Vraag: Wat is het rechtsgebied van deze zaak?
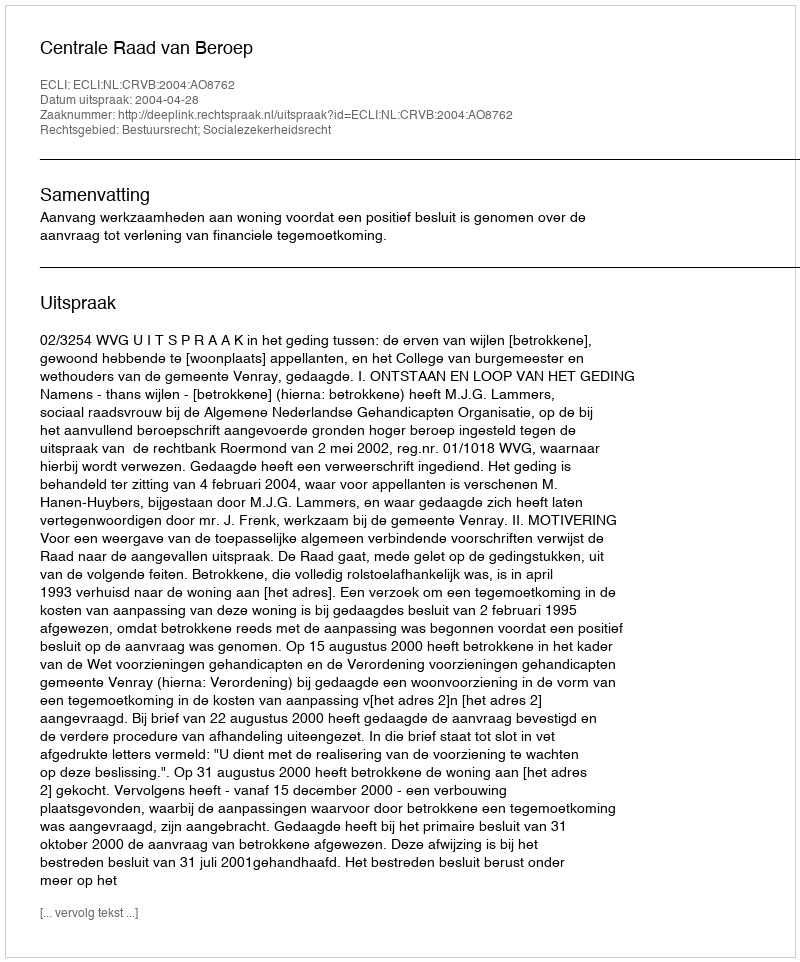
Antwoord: Bestuursrecht; Socialezekerheidsrecht